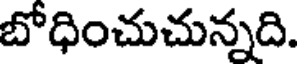
బోధించుచున్నది.